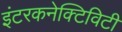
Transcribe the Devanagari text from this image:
इंटरकनेक्टिविटी